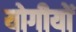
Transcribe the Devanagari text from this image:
योगीयों